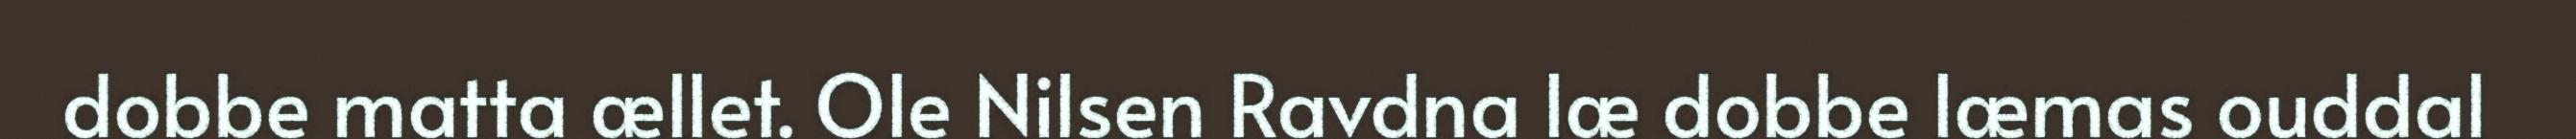
dobbe matta ællet. Ole Nilsen Ravdna læ dobbe læmas ouddal